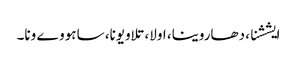
ایششنا، دھاروینا، اولا، تلاویونا، ساہو وے ونا۔